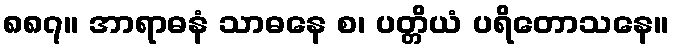
၈၈၇။ အာရာဓနံ သာဓနေ စ၊ ပတ္တိယံ ပရိတောသနေ။